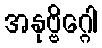
အနုဗ္ဗိဂ္ဂေါ